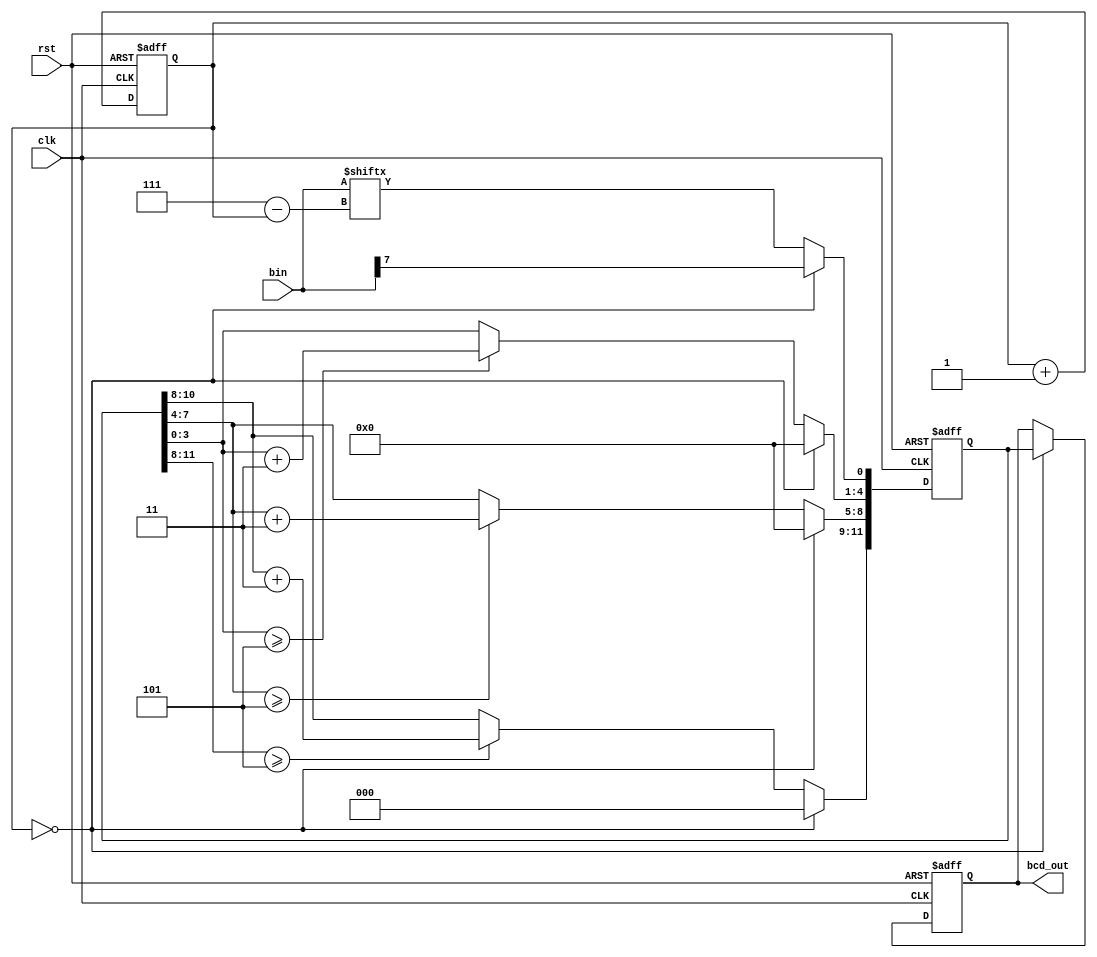
`timescale 1ns / 1ps

module bin22bcd(clk, rst, bin, bcd_out);

input clk,rst;
input [7:0] bin;
reg [11:0] bcd;
output reg [11:0] bcd_out;

reg [2:0] i;

always @(posedge rst or posedge clk) begin
    if(rst) begin
        bcd <= {4'd0,4'd0,4'd0};
        i <=0;
     end
     else begin
        if(i==0) begin
            bcd[11:1] <= 11'b0000_0000_000;
            bcd[0] <= bin[7];
        end
        else begin
            bcd[11:9] <= (bcd[11:8] >= 3'd5) ? bcd[11:8] +2'd3 :bcd[11:8];
            bcd[8:5] <= (bcd[7:4] >= 3'd5) ? bcd[7:4] +2'd3 :bcd[7:4];
            bcd[4:1] <= (bcd[3:0] >= 3'd5) ? bcd[3:0] +2'd3 :bcd[3:0];
            bcd[0] <= bin[7-i];
        end
        i <= i+1;
      end
 end
 
 always @(posedge  rst or posedge clk) begin
    if(rst) bcd_out <={4'd0, 4'd0, 4'd0};
    else if (i==0) bcd_out <= bcd;
 end
                                 
endmodule